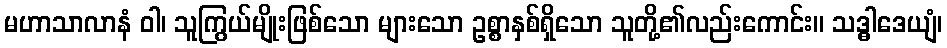
မဟာသာလာနံ ဝါ၊ သူကြွယ်မျိုးဖြစ်သော များသော ဥစ္စာနှစ်ရှိသော သူတို့၏လည်းကောင်း။ သဒ္ဓါဒေယျံ၊